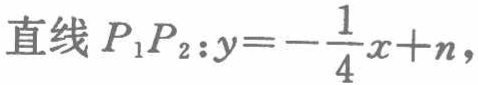
直线 \(P_1P_2:y = -\frac{1}{4}x + n\)